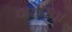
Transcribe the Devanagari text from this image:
दाहीरचा